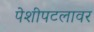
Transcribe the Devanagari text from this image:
पेशीपटलावर